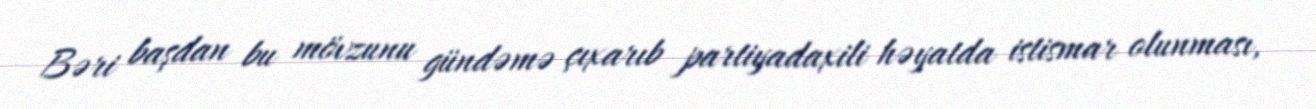
Bəri başdan bu mövzunu gündəmə çıxarıb partiyadaxili həyatda istismar olunması,